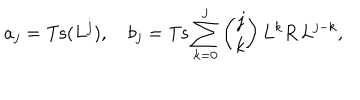
a _ { j } = \mathrm { T s } ( L ^ { j } ) , \quad b _ { j } = \mathrm { T s } \sum _ { k = 0 } ^ { j } { \binom { j } { k } } \, L ^ { k } R \, L ^ { j - k } ,